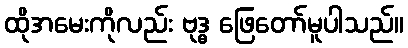
ထိုအမေးကိုလည်း ဗုဒ္ဓ ဖြေတော်မူပါသည်။